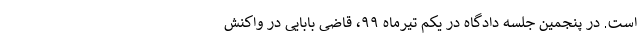
است. در پنجمین جلسه دادگاه در یکم تیرماه ۹۹، قاضی بابایی در واکنش